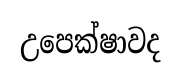
උපෙක්ෂාවද